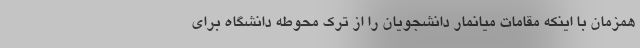
همزمان با اینکه مقامات میانمار دانشجویان را از ترک محوطه دانشگاه برای